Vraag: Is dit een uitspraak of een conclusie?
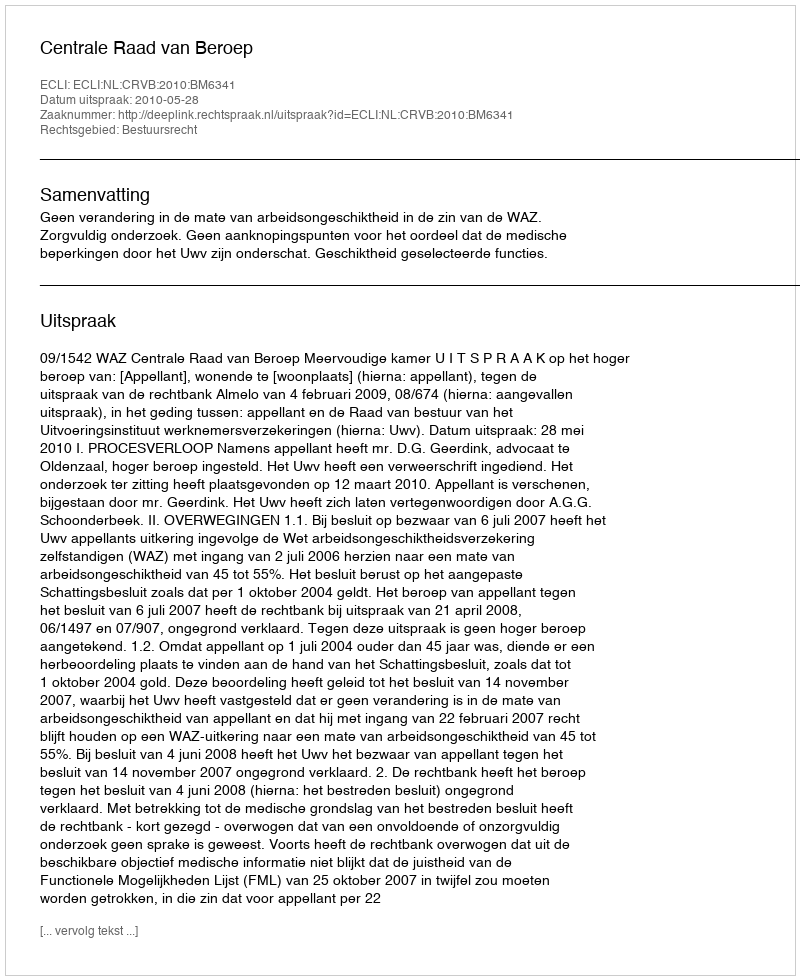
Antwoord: Uitspraak